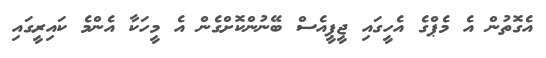
އެގޮތުން އެ މެޕްގެ އެހީގައި ޖީޕީއެސް ބޭނުންކޮށްގެން އެ މީހަކާ އެންމެ ކައިރީގައި